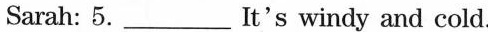
Sarah: 5.__It's windy and cold.